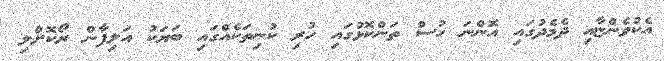
އެކުވެންޏާއި ދެމެދުގައި އޮންނަ ހުސް ތަންކޮޅުގައި ހުރި ކުނިތަކެއްގައި ބަޔަކު އަލިފާން ރޯކޮށްލި